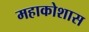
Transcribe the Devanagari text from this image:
महाकोशास